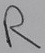
Text: R